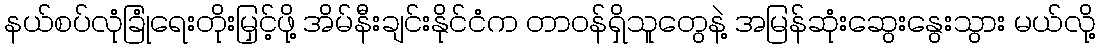
နယ်စပ်လုံခြုံရေးတိုးမြှင့်ဖို့ အိမ်နီးချင်းနိုင်ငံက တာဝန်ရှိသူတွေနဲ့ အမြန်ဆုံးဆွေးနွေးသွား မယ်လို့